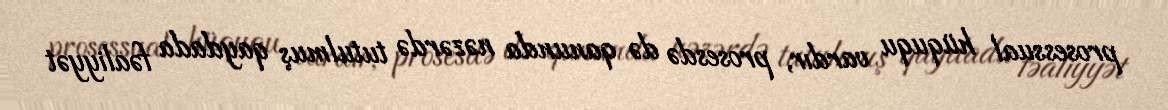
prosessual hüququ vardır, prosesdə də qanunda nəzərdə tutulmuş qaydada fəaliyyət